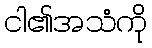
ငါ၏အသံကို